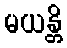
မယန္တိ